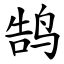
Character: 鹄